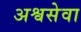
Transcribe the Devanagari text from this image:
अश्वसेवा